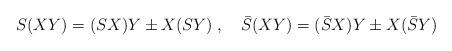
LaTeX: \begin{align*}S (XY) = (SX) Y \pm X (SY) \; , \quad \bar{S} (XY) = (\bar{S}X) Y \pm X(\bar{S}Y)\end{align*}